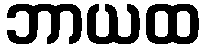
ဘာယထ